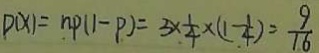
P ( x ) = n P ( 1 - P ) = 3 \times \frac { 1 } { 4 } \times ( 1 - \frac { 1 } { 4 } ) = \frac { 9 } { 1 6 }